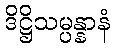
ဒိဋ္ဌိသမ္ပန္နာနံ